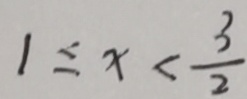
1 \leq x < \frac { 3 } { 2 }